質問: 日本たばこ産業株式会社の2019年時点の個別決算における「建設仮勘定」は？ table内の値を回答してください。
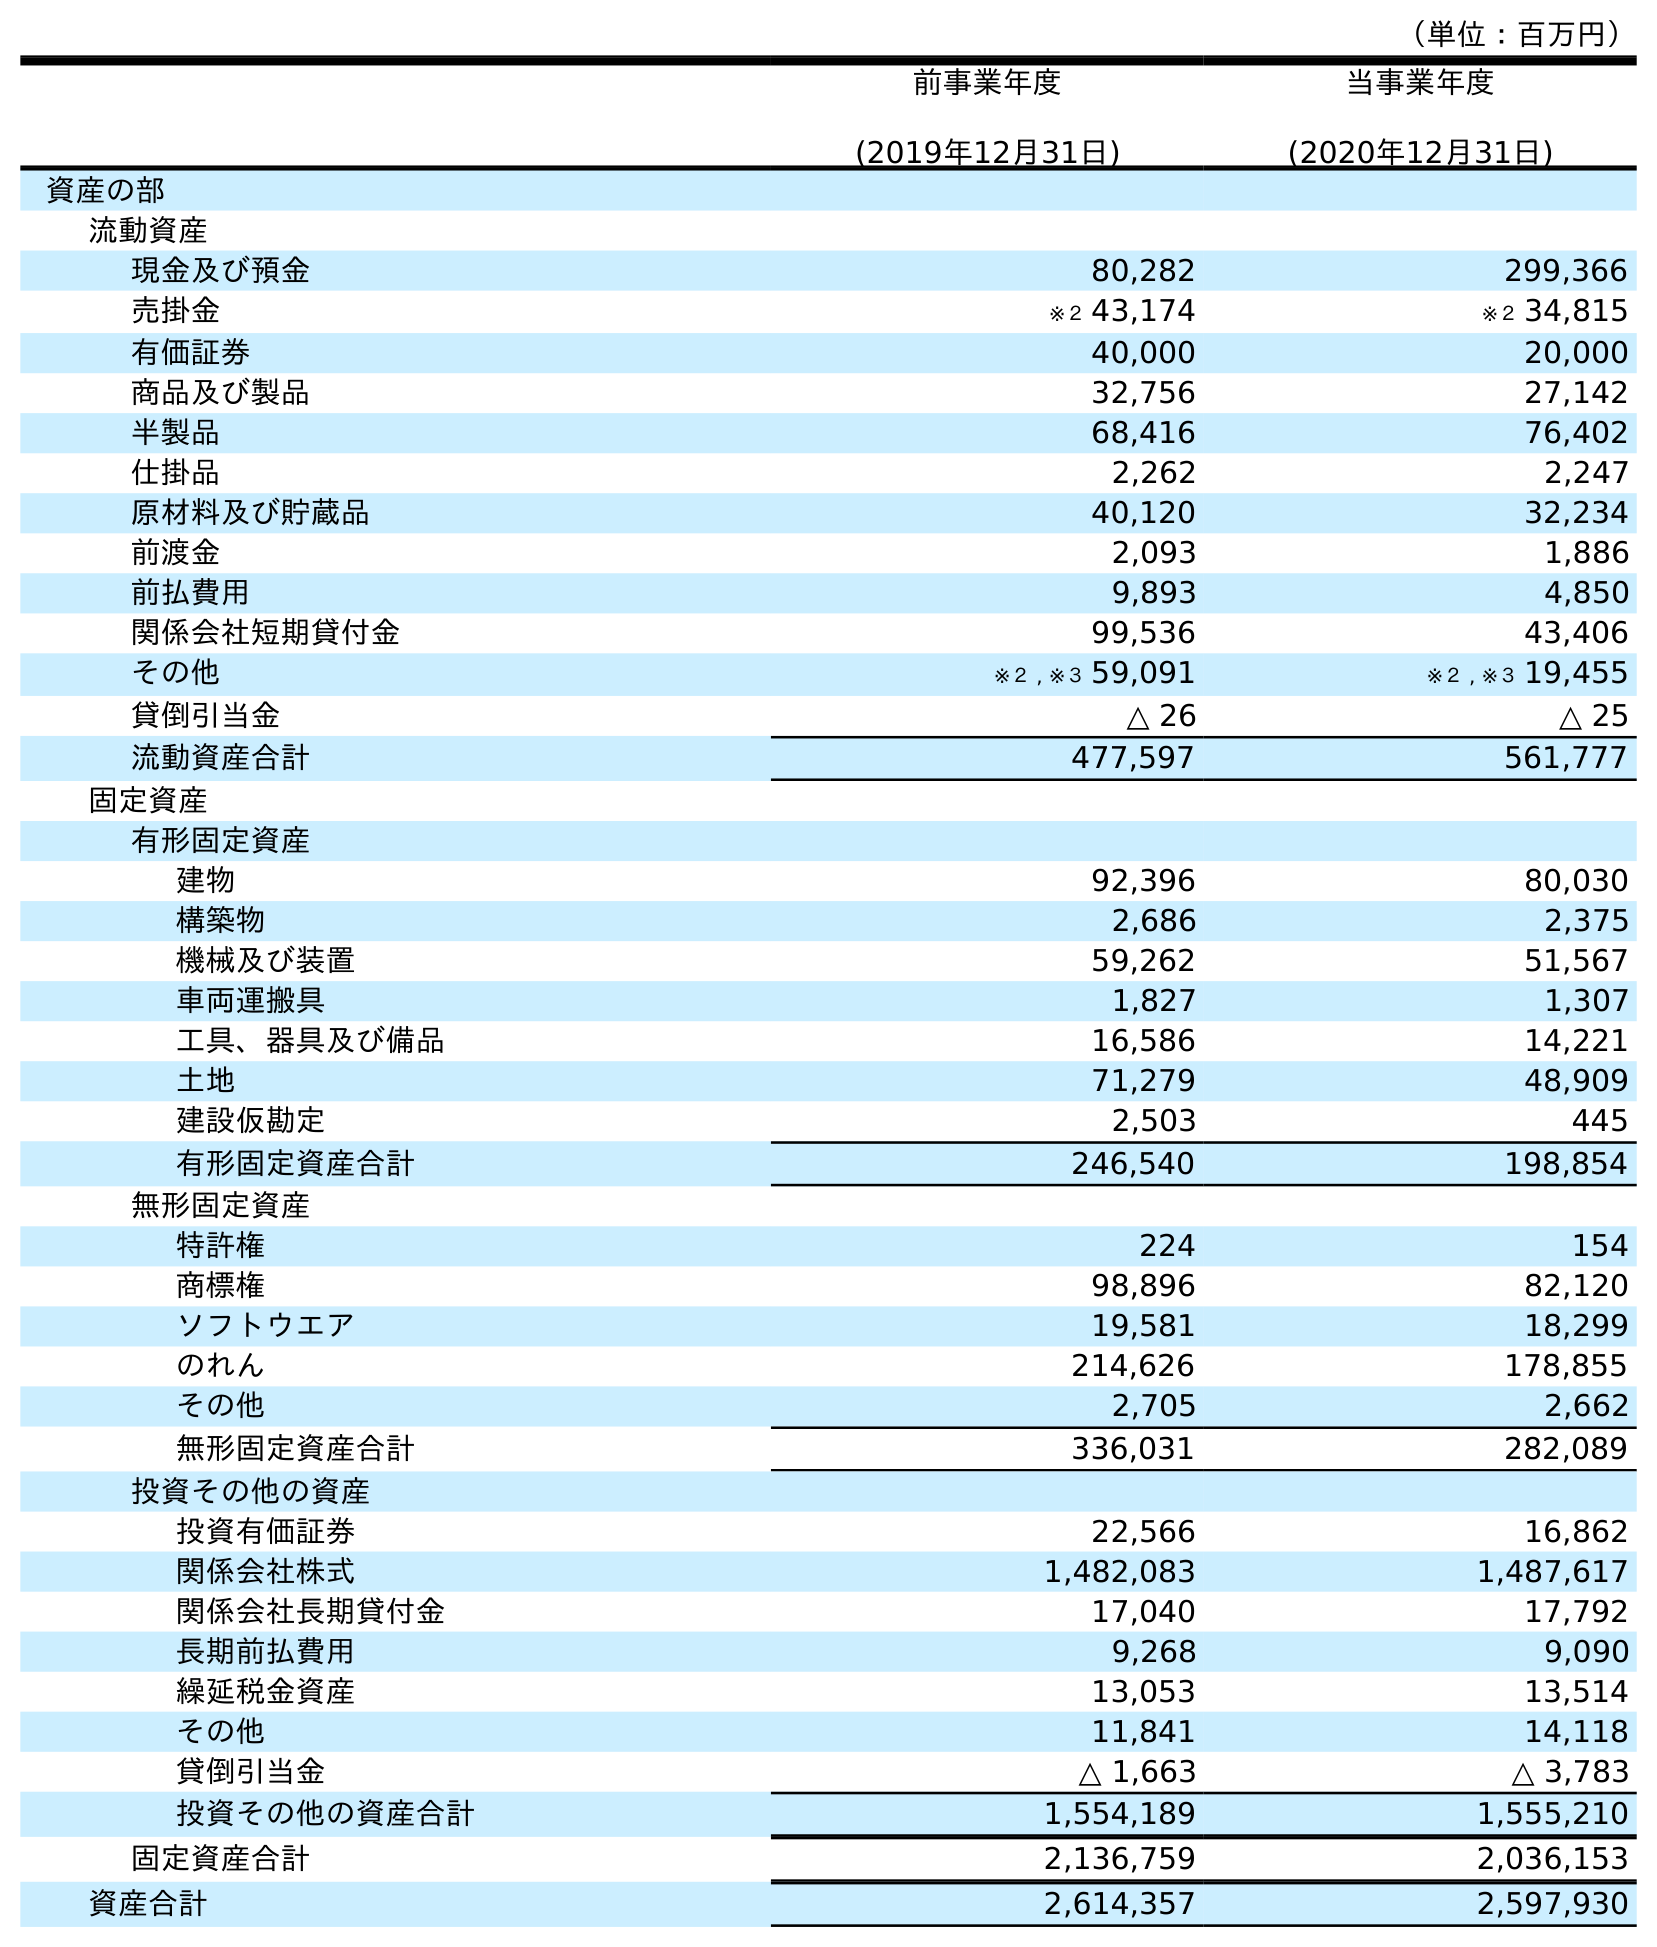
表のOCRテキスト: （単位：百万円） 前事業年度 (2019年12月31日) 当事業年度 (2020年12月31日) 資産の部 流動資産 現金及び預金 80,282 299,366 売掛金 ※２ 43,174 ※２ 34,815 有価証券 40,000 20,000 商品及び製品 32,756 27,142 半製品 68,416 76,402 仕掛品 2,262 2,247 原材料及び貯蔵品 40,120 32,234 前渡金 2,093 1,886 前払費用 9,893 4,850 関係会社短期貸付金 99,536 43,406 その他 ※２ , ※３ 59,091 ※２ , ※３ 19,455 貸倒引当金 △ 26 △ 25 流動資産合計 477,597 561,777 固定資産 有形固定資産 建物 92,396 80,030 構築物 2,686 2,375 機械及び装置 59,262 51,567 車両運搬具 1,827 1,307 工具、器具及び備品 16,586 14,221 土地 71,279 48,909 建設仮勘定 2,503 445 有形固定資産合計 246,540 198,854 無形固定資産 特許権 224 154 商標権 98,896 82,120 ソフトウエア 19,581 18,299 のれん 214,626 178,855 その他 2,705 2,662 無形固定資産合計 336,031 282,089 投資その他の資産 投資有価証券 22,566 16,862 関係会社株式 1,482,083 1,487,617 関係会社長期貸付金 17,040 17,792 長期前払費用 9,268 9,090 繰延税金資産 13,053 13,514 その他 11,841 14,118 貸倒引当金 △ 1,663 △ 3,783 投資その他の資産合計 1,554,189 1,555,210 固定資産合計 2,136,759 2,036,153 資産合計 2,614,357 2,597,930
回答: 2,503